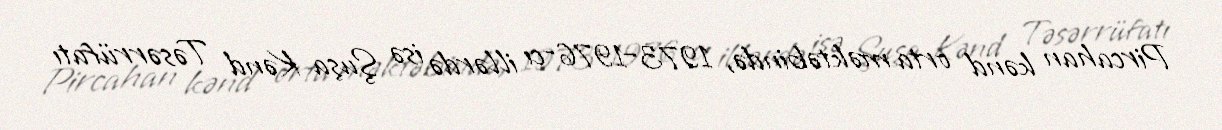
Pircahan kənd orta məktəbində, 1973–1976-cı illərdə isə Şuşa Kənd Təsərrüfatı